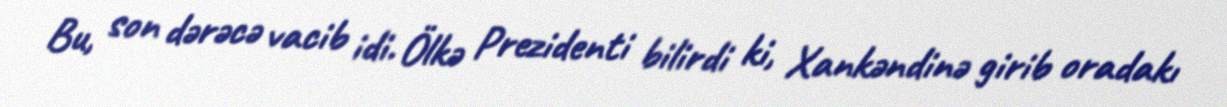
Bu, son dərəcə vacib idi. Ölkə Prezidenti bilirdi ki, Xankəndinə girib oradakı